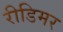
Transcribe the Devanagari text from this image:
रीडिमर